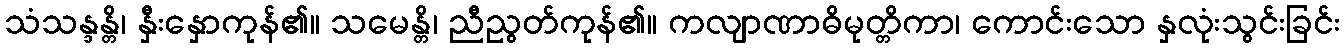
သံသန္ဒန္တိ၊ နှီးနှောကုန်၏။ သမေန္တိ၊ ညီညွတ်ကုန်၏။ ကလျာဏာဓိမုတ္တိကာ၊ ကောင်းသော နှလုံးသွင်းခြင်း